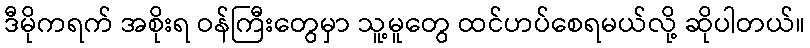
ဒီမိုကရက် အစိုးရ ဝန်ကြီးတွေမှာ သူ့မူတွေ ထင်ဟပ်စေရမယ်လို့ ဆိုပါတယ်။